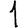
Digit: 1